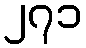
၂၇၁